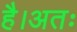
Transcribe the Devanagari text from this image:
है।अतः